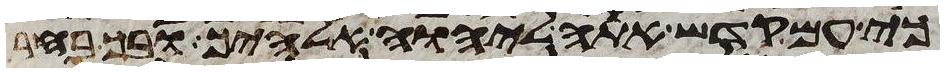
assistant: כי עם קדש אתה ליהוה אלהיך ובך בחר